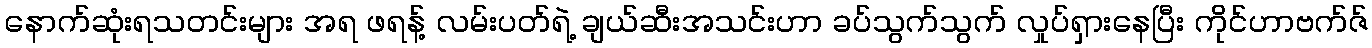
နောက်ဆုံးရသတင်းများ အရ ဖရန့် လမ်းပတ်ရဲ့ ချယ်ဆီးအသင်းဟာ ခပ်သွက်သွက် လှုပ်ရှားနေပြီး ကိုင်ဟာဗက်ဇ်